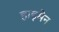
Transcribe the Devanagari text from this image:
हाइमेन